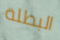
البطلة